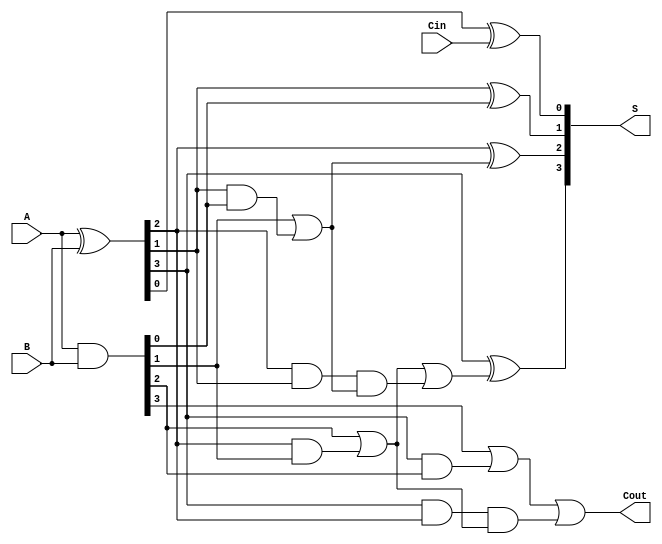
module ksa(A,B,Cin,S,Cout);
input [3:0] A,B;
input Cin;
output [3:0] S;
output Cout;
wire [3:0] p,g,cp,cg,ccp,ccg,c;

assign p=A^B;
assign g=A&B;
assign cp[0]=p[0];
assign cg[0]=g[0];
assign cp[1]=p[1]&p[0];
assign cp[2]=p[2]&p[1];
assign cp[3]=p[3]&p[2];
assign cg[1]=g[1]|(p[1]&g[0]);
assign cg[2]=g[2]|(p[2]&g[1]);
assign cg[3]=g[3]|(p[3]&g[2]);
assign ccp[0]=cp[0];
assign ccg[0]=cg[0];
assign ccp[1]=cp[1];
assign ccg[1]=cg[1];
assign ccp[2]=cp[2]&cp[1];
assign ccp[3]=cp[3]&cp[2];
assign ccg[2]=cg[2]|(cp[2]&cg[1]);
assign ccg[3]=cg[3]|(cp[3]&cg[2]);
assign c=ccg;
assign Cout=c[3];
assign S[0]=p[0]^Cin;
assign S[1]=p[1]^c[0];
assign S[2]=p[2]^c[1];
assign S[3]=p[3]^c[2];
endmodule